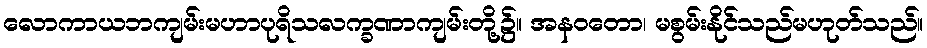
လောကာယဘကျမ်းမဟာပုရိသလက္ခဏာကျမ်းတို့၌။ အနဝတော၊ မစွမ်းနိုင်သည်မဟုတ်သည်။